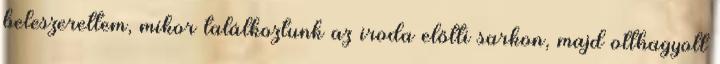
beleszerettem, mikor találkoztunk az iroda előtti sarkon, majd otthagyott